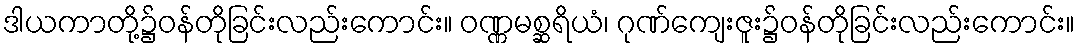
ဒါယကာတို့၌ဝန်တိုခြင်းလည်းကောင်း။ ဝဏ္ဏမစ္ဆရိယံ၊ ဂုဏ်ကျေးဇူး၌ဝန်တိုခြင်းလည်းကောင်း။